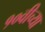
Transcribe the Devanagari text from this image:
१०वीच्या